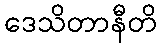
ဒေသိတာနီတိ